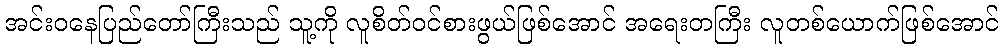
အင်းဝနေပြည်တော်ကြီးသည် သူ့ကို လူစိတ်ဝင်စားဖွယ်ဖြစ်အောင် အရေးတကြီး လူတစ်ယောက်ဖြစ်အောင်